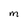
Character: M